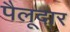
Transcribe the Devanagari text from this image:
पैलूदार